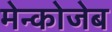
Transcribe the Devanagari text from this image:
मेन्कोजेब